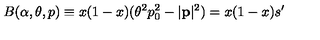
B ( \alpha , \theta , p ) \equiv x ( 1 - x ) ( \theta ^ { 2 } p _ { 0 } ^ { 2 } - | \mathbf { p } | ^ { 2 } ) = x ( 1 - x ) s ^ { \prime }